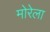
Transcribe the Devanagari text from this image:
मोरेला